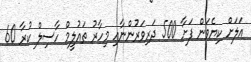
އަލަށް ކިޔެވަން ފަށާ 500 ދަރިވަރުންނާއި މިހާރު ތައުލީމް ހާސިލް ކުރާ 60